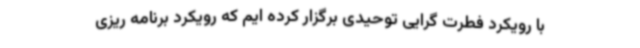
با رویکرد فطرت گرایی توحیدی برگزار کرده ایم که رویکرد برنامه ریزی